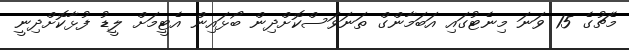
މެޗުގެ 15 ވަނަ މިނެޓުގައި އަބަމާންގް ތަނަވަސްކޮށްދިން ބޯޅައިން އެޓީމަށް ލީޑު ފުޅާކޮށްދިނީ